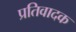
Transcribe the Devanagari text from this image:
प्रतिवादक